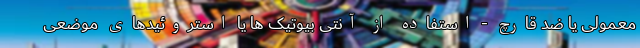
معمولی یا ضد قارچ - استفاده از آنتی بیوتیک ها یا استروئیدهای موضعی